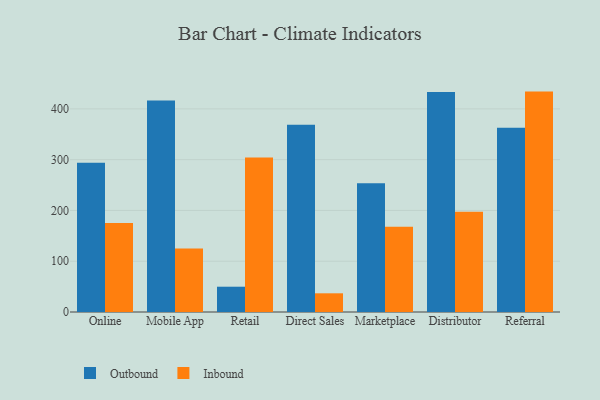
{"axis": {"x": "Channel", "y": "Active Users"}, "legend": ["Inbound", "Outbound"], "data": [{"x": "Online", "y": 293.7, "type": "Outbound"}, {"x": "Online", "y": 175.4, "type": "Inbound"}, {"x": "Mobile App", "y": 416.7, "type": "Outbound"}, {"x": "Mobile App", "y": 125.0, "type": "Inbound"}, {"x": "Retail", "y": 49.8, "type": "Outbound"}, {"x": "Retail", "y": 304.2, "type": "Inbound"}, {"x": "Direct Sales", "y": 368.7, "type": "Outbound"}, {"x": "Direct Sales", "y": 36.8, "type": "Inbound"}, {"x": "Marketplace", "y": 253.4, "type": "Outbound"}, {"x": "Marketplace", "y": 168.1, "type": "Inbound"}, {"x": "Distributor", "y": 433.1, "type": "Outbound"}, {"x": "Distributor", "y": 197.3, "type": "Inbound"}, {"x": "Referral", "y": 362.6, "type": "Outbound"}, {"x": "Referral", "y": 434.0, "type": "Inbound"}]}